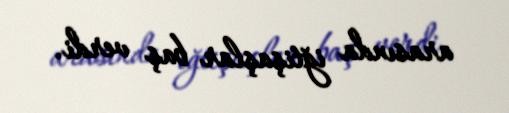
arasında iğtişaşlar baş verdi.